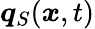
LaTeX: \boldsymbol{q}_{S}(\boldsymbol{x},t)